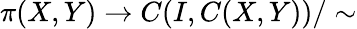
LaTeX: \pi(X,Y)\to C(I,C(X,Y))/\sim